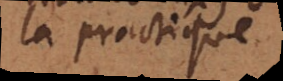
la practique